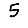
Digit: 5